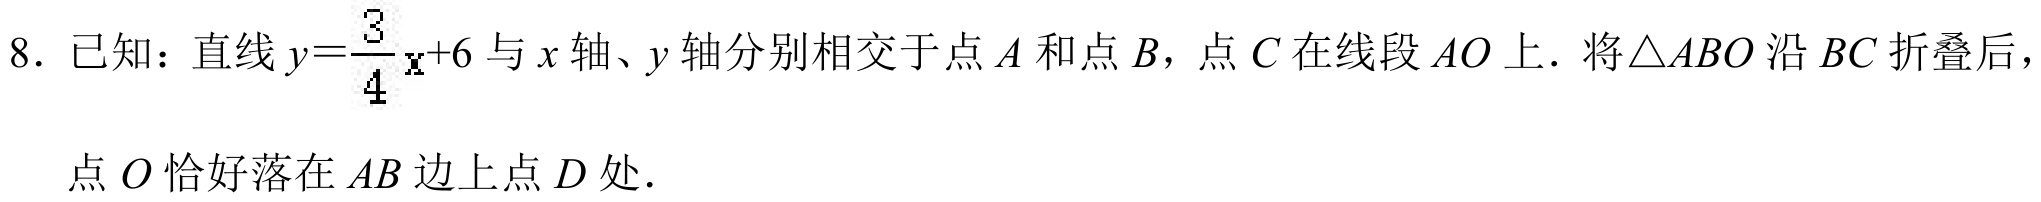
8. 已知：直线\(y = \frac{3}{4}x + 6\)与\(x\)轴、\(y\)轴分别相交于点\(A\)和点\(B\)，点\(C\)在线段\(AO\)上. 将\(\triangle ABO\)沿\(BC\)折叠后，点\(O\)恰好落在\(AB\)边上点\(D\)处.